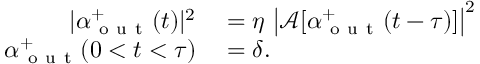
\begin{array} { r l } { | \alpha _ { \mathrm { ~ o ~ u ~ t ~ } } ^ { + } ( t ) | ^ { 2 } } & { { } = \eta \, \left| \mathcal { A } [ \alpha _ { \mathrm { ~ o ~ u ~ t ~ } } ^ { + } ( t - \tau ) ] \right| ^ { 2 } } \\ { \alpha _ { \mathrm { ~ o ~ u ~ t ~ } } ^ { + } ( 0 < t < \tau ) } & { { } = \delta . } \end{array}